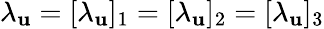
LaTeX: \lambda_{\mathbf{u}}=[\lambda_{\mathbf{u}}]_{1}=[\lambda_{\mathbf{u}}]_{2}=[\lambda_{\mathbf{u}}]_{3}